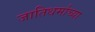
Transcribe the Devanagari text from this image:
जातिधर्माच्या